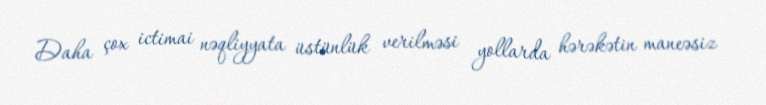
Daha çox ictimai nəqliyyata üstünlük verilməsi yollarda hərəkətin maneəsiz